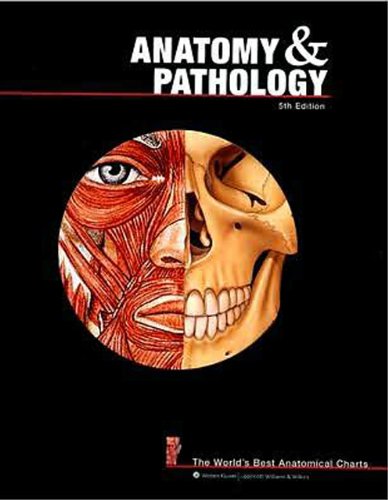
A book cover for Anatomy and Pathology: The World's Best Anatomical Charts (The World's Best Anatomical Chart Series); Anatomical Chart Company; Medical Books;